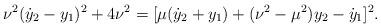
LaTeX: \begin{align*}\nu^2(\dot{y}_2-y_1)^2+4\nu^2=[\mu(\dot{y}_2+y_1)+(\nu^2-\mu^2)y_2-\dot{y}_1]^2.\end{align*}